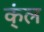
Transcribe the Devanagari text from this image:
क्ंल